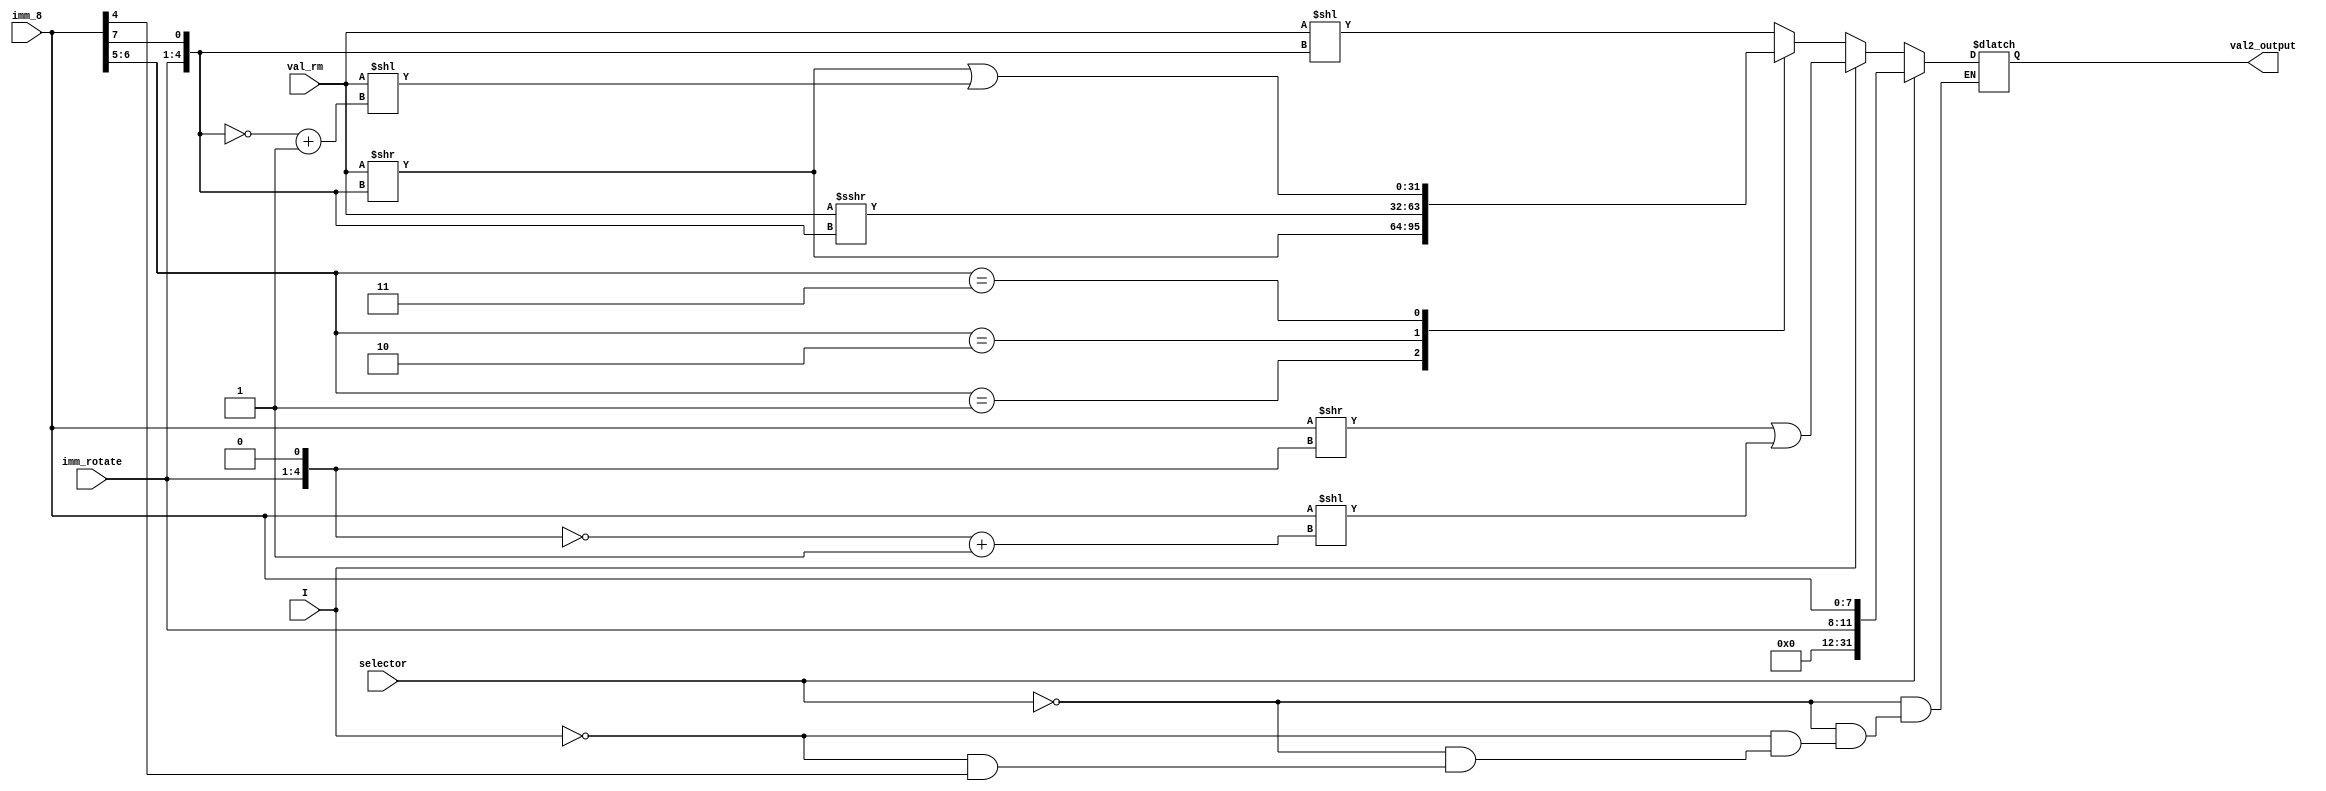
module Val2Generator (
    input selector, I,
    input [3:0] imm_rotate,
    input [7:0] imm_8,
    input [31:0] val_rm,
    output reg [31:0] val2_output
);
wire [11:0] shift_operand;

assign shift_operand = {imm_rotate, imm_8};

wire [4:0] shifter;
assign shifter = shift_operand[11:7];
always @(*) begin
    case (selector)
        1'b0: begin
            if (I == 1'b1) begin
                val2_output=({24'b0,imm_8}>>({1'b0,imm_rotate}<<1)) | ({24'b0,imm_8}<<(~({1'b0,imm_rotate}<<1)+5'd1));
            end
             else begin
                if (imm_8[4]== 1'b0) begin
                    val2_output = 32'b0;
                    case (imm_8[6:5])
                        2'b00: val2_output = val_rm << shifter; 
                        2'b01: val2_output = val_rm >> shifter;
                        2'b10: val2_output = val_rm >>> shifter;
                        2'b11: val2_output =(val_rm >> shifter) | (val_rm << (~shifter+5'd1));
                    endcase
                end
            end 
        end 
        1'b1: val2_output = {20'b0, shift_operand};
    endcase
end
    
endmodule